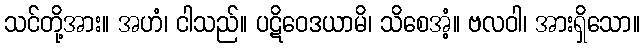
သင်တို့အား။ အဟံ၊ ငါသည်။ ပဋိဝေဒယာမိ၊ သိစေအံ့။ ဗလဝါ၊ အားရှိသော။